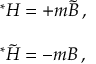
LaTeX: \begin{array} { r c l } { { } } & { { } } & { { { } ^ { * } H = + m \tilde { B } \, , } } \\ { { } } & { { } } & { { } } \\ { { } } & { { } } & { { { } ^ { * } \tilde { H } = - m B \, , } } \end{array}